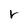
Character: r